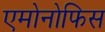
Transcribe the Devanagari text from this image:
एमोनोफिस